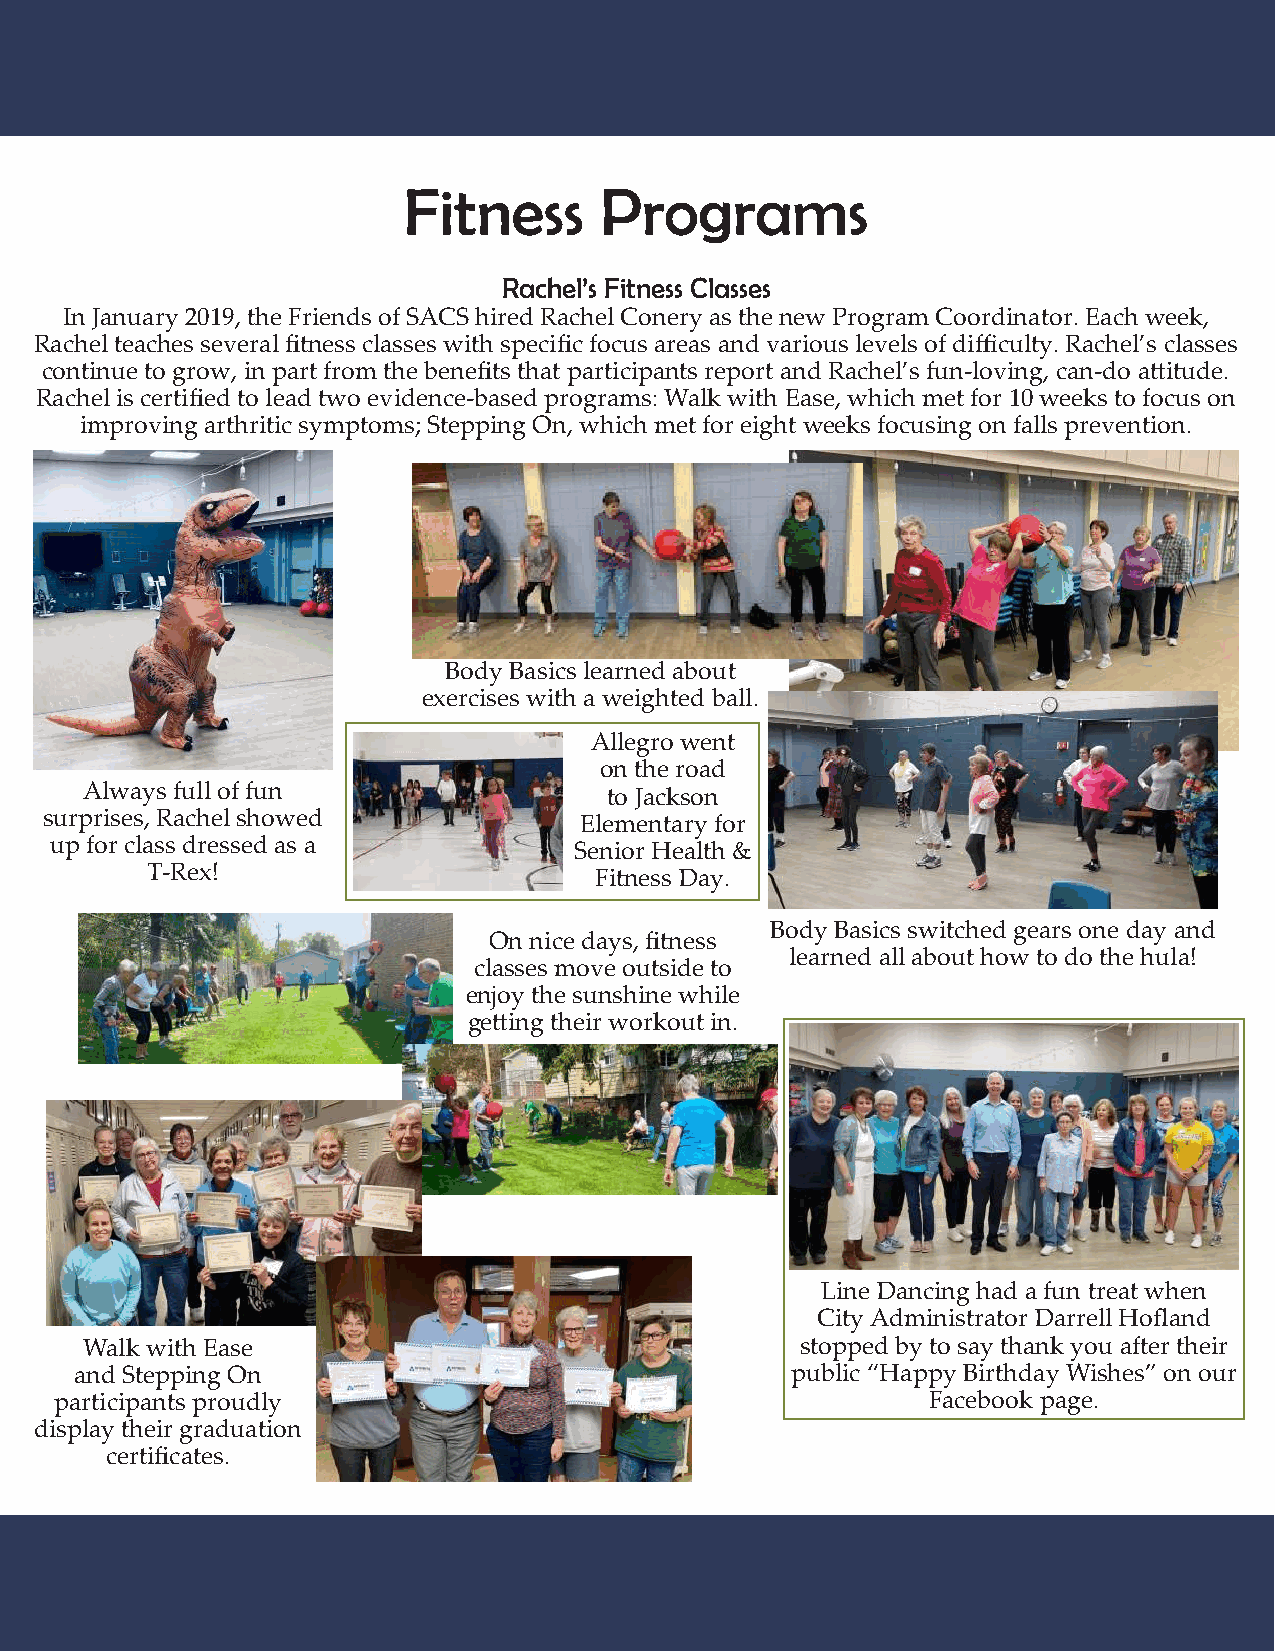
Fitness      Programs
 Rachel’s Fitness Classes
 In January 2019, the Friends of SACS hired Rachel Conery as the new Program Coordinator. Each week,
 Rachel teaches several fitness classes with specific focus areas and various levels of difficulty. Rachel’s classes
 continue to grow, in part from the benefits that participants report and Rachel’s fun-loving, can-do attitude.
 Rachel is certified to lead two evidence-based programs: Walk with Ease, which met for 10 weeks to focus on
 improving arthritic symptoms; Stepping On, which met for eight weeks focusing on falls prevention.
 Body Basics learned about
 exercises with a weighted ball.
 Allegro went
 on the road
 Always full of fun                 to Jackson
 surprises, Rachel showed           Elementary for
 up for class dressed as a          Senior Health &
 T-Rex!                       Fitness Day.
 Body Basics switched gears one day and
 On nice days, fitness
 learned all about how to do the hula!
 classes move outside to
 enjoy the sunshine while
 getting their workout in.
 Line Dancing had a fun treat when
 City Administrator Darrell Hofland
 Walk with Ease                                  stopped by to say thank you after their
 and Stepping On                                public “Happy Birthday Wishes” on our
 participants proudly                                     Facebook page.
 display their graduation
 certificates.